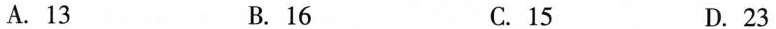
A.13 B.16 C.15 D.23